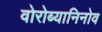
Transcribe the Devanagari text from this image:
वोरोब्यानिनोव